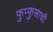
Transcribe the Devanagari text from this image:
फुप्फुसाची